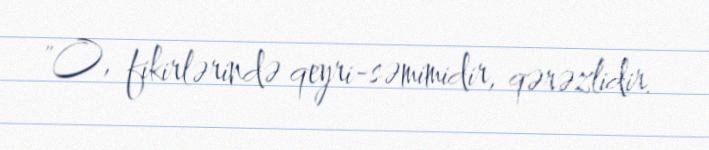
"O, fikirlərində qeyri-səmimidir, qərəzlidir.